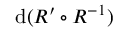
\mathrm { d } ( R ^ { \prime } \circ R ^ { - 1 } )